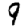
Digit: 9